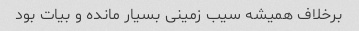
برخلاف همیشه سیب زمینی بسیار مانده و بیات بود